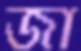
জা